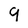
Character: 9